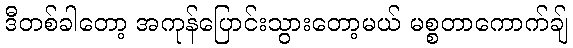
ဒီတစ်ခါတော့ အကုန်ပြောင်းသွားတော့မယ် မစ္စတာကောက်ချ်